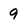
Character: 9